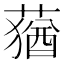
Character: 蕕